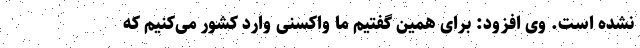
نشده است. وی افزود: برای همین گفتیم ما واکسنی وارد کشور می‌کنیم که